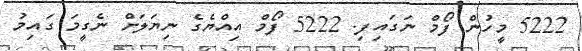
5222 މީހުން ފޯމް ނަގައިފި. 5222 ފޯމް އިއްޔެގެ ނިޔަލަށް ނެގީމަ ގައިމު